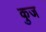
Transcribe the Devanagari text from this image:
कुज